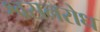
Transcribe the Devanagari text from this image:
श्वसनरोध